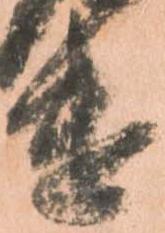
遣